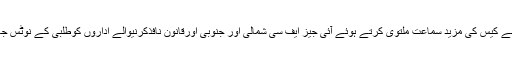
چیف جسٹس نے کیس کی مزید سماعت ملتوی کرتے ہوئے آئی جیز ایف سی شمالی اور جنوبی اورقانون نافذکرنیوالے اداروں کوطلبی کے نوٹس جاری کر دیے۔